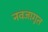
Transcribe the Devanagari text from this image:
नवजागृत